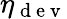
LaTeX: \eta_{\mathrm{~d~e~v~}}